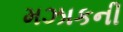
મઝાકની